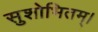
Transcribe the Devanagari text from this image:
सुशोभितम्।